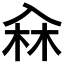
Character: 𠓭